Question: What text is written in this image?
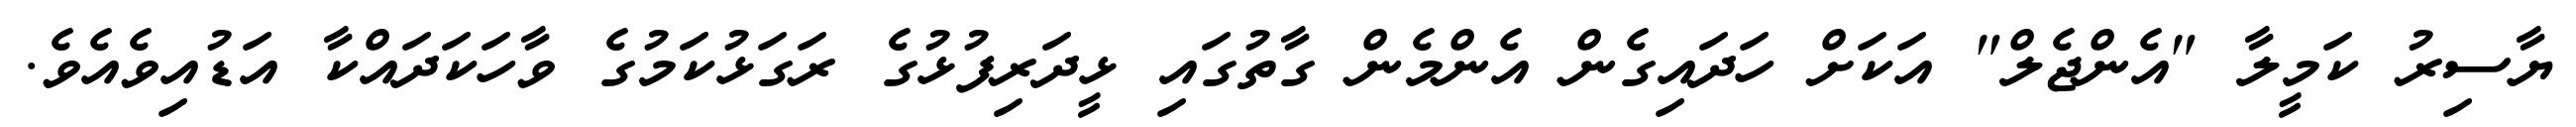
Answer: ޔާސިރު ކަމީލާ "އެންޖެލް" އަކަށް ހަދައިގެން އެންމެން ގާތުގައި ޅީދަރިފުޅުގެ ރަގަޅުކަމުގެ ވާހަކަދައްކާ އަޑުއިވެއެވެ.